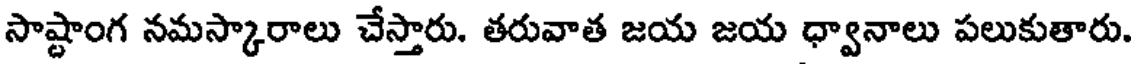
సాష్టాంగ నమస్కారాలు చేస్తారు. తరువాత జయ జయ ధ్వానాలు పలుకుతారు.